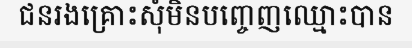
ជនរងគ្រោះសុំមិនបញ្ចេញឈ្មោះបាន